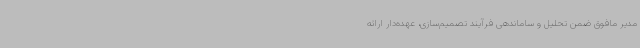
مدیر مافوق ضمن تحلیل و ساماندهی فرآیند تصمیم‌سازی، عهده‌دار ارائه